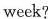
week?